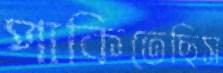
পাকিতেছিস